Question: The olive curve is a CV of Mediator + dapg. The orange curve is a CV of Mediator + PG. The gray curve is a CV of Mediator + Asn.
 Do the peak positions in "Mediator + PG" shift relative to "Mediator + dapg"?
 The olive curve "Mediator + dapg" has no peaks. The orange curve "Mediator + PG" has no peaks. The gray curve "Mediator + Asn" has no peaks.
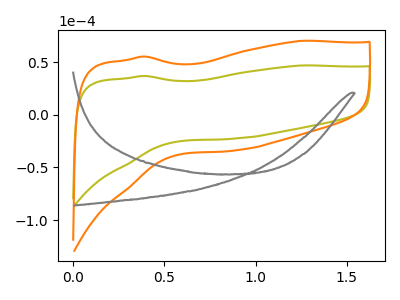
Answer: <think>Neither "Mediator + PG" or "Mediator + dapg" have any peaks.
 </think>
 <answer>No, "Mediator + PG" and "Mediator + dapg" don't appear to be significantly different in shape</answer>
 <eval>no_change</eval>